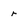
Character: r